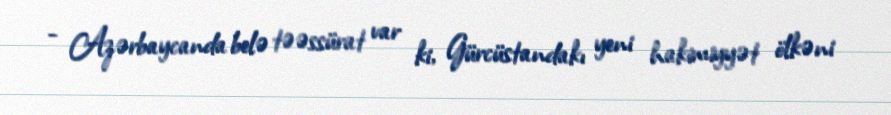
- Azərbaycanda belə təəssürat var ki, Gürcüstandakı yeni hakimiyyət ölkəni